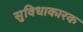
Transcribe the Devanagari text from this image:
सुविधाकारक